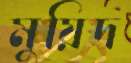
মুয়িদ